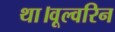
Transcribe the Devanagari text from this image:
था।वूल्वरिन